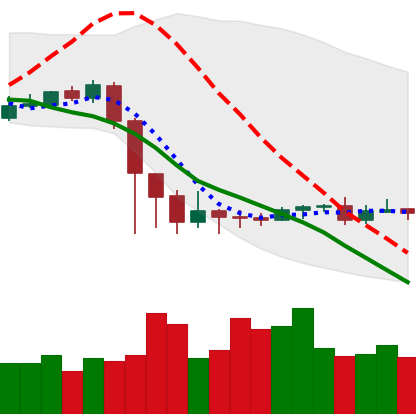
Ticker: ETC-USD
Chart end date: 2020-09-16
Forward return: -5.624%
Label: down_5_7